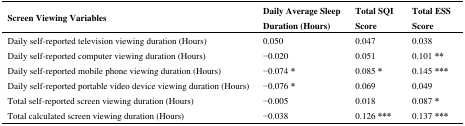
<table><thead><tr><td><b>Screen Viewing Variables</b></td><td><b>Daily Average Sleep Duration (Hours)</b></td><td><b>Total SQI Score</b></td><td><b>Total ESS Score</b></td></tr></thead><tbody><tr><td>Daily self-reported television viewing duration (Hours)</td><td>0.050</td><td>0.047</td><td>0.038</td></tr><tr><td>Daily self-reported computer viewing duration (Hours)</td><td>−0.020</td><td>0.051</td><td>0.101 **</td></tr><tr><td>Daily self-reported mobile phone viewing duration (Hours)</td><td>−0.074 *</td><td>0.085 *</td><td>0.145 ***</td></tr><tr><td>Daily self-reported portable video device viewing duration (Hours)</td><td>−0.076 *</td><td>0.069</td><td>0.049</td></tr><tr><td>Total self-reported screen viewing duration (Hours)</td><td>−0.005</td><td>0.018</td><td>0.087 *</td></tr><tr><td>Total calculated screen viewing duration (Hours)</td><td>−0.038</td><td>0.126 ***</td><td>0.137 ***</td></tr></tbody></table>